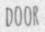
DOOR